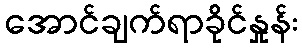
အောင်ချက်ရာခိုင်နှုန်း